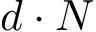
d \cdot N